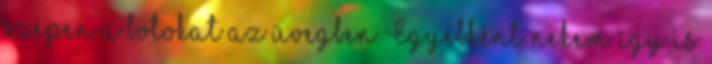
szépen a botokat az üvegben. Egyébként nekem így is